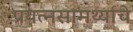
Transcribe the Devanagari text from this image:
प्रयत्‍नसामर्थ्याचे